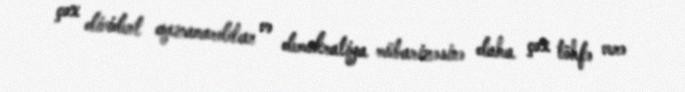
çox divident qazanardılar və demokratiya mübarizəsinə daha çox töhfə verə